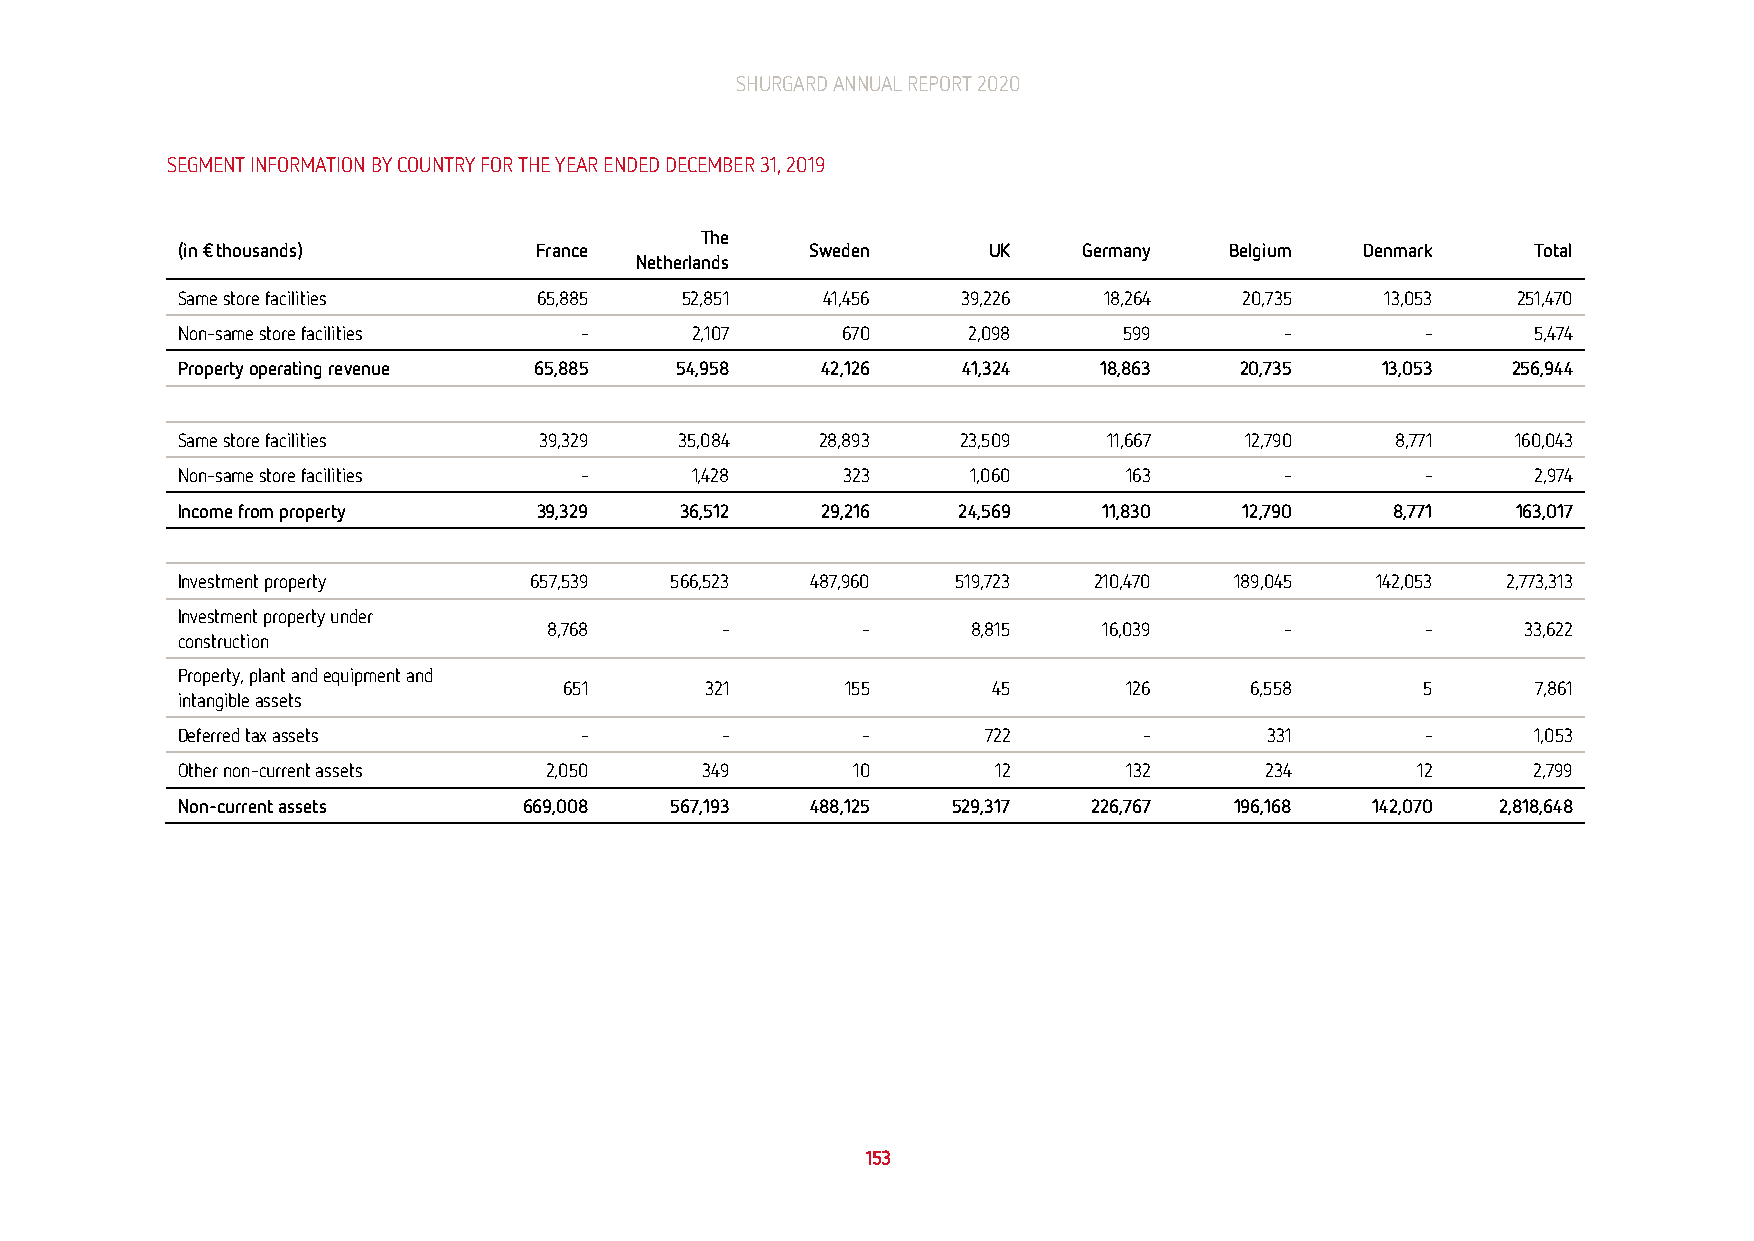
SHURGARD ANNUAL REPORT 2020
 SEGMENT INFORMATION BY COUNTRY FOR THE YEAR ENDED DECEMBER 31, 2019
 The
 (in € thousands)        France            Sweden     UK     Germany  Belgium  Denmark     Total
 Netherlands
 Same store facilities   65,885   52,851    41,456   39,226   18,264   20,735    13,053  251,470
 Non-same store facilities -       2,107     670     2,098     599        -        -       5,474
 Property operating revenue 65,885 54,958  42,126    41,324   18,863   20,735   13,053   256,944
 Same store facilities   39,329   35,084   28,893    23,509   11,667   12,790    8,771   160,043
 Non-same store facilities -       1,428     323     1,060      163       -        -       2,974
 Income from property    39,329   36,512   29,216   24,569    11,830   12,790    8,771   163,017
 Investment property    657,539  566,523   487,960  519,723  210,470   189,045  142,053  2,773,313
 Investment property under
 8,768       -        -      8,815    16,039      -        -      33,622
 construction
 Property, plant and equipment and
 651       321      155       45       126     6,558      5       7,861
 intangible assets
 Deferred tax assets       -         -        -       722        -       331       -       1,053
 Other non-current assets 2,050    349       10        12       132      234       12      2,799
 Non-current assets     669,008  567,193   488,125  529,317  226,767   196,168  142,070 2,818,648
 153